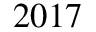
2 0 1 7